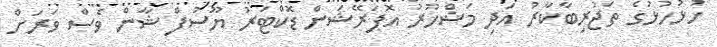
ހުޅުހުޅުގެ ތަޖުރިބާކާރު އަދި މަޝްހޫރު އޮޕަރޭޝަން ޑޮކްޓަރު ޔޫސުފް ޝާން ވެސް ވަރަށް